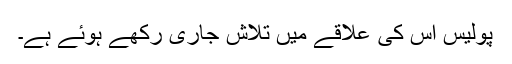
پولیس اُس کی علاقے میں تلاش جاری رکھے ہوئے ہے۔